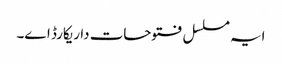
ایہ مسلسل فتوحات دا ریکارڈ ا‏‏ے۔